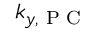
k _ { y , \textrm { P C } }